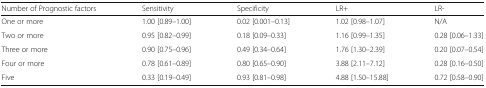
<table><thead><tr><td><b>Number of Prognostic factors</b></td><td><b>Sensitivity</b></td><td><b>Specificity</b></td><td><b>LR+</b></td><td><b>LR-</b></td></tr></thead><tbody><tr><td>One or more</td><td>1.00 [0.89–1.00]</td><td>0.02 [0.001–0.13]</td><td>1.02 [0.98–1.07]</td><td>N/A</td></tr><tr><td>Two or more</td><td>0.95 [0.82–0.99]</td><td>0.18 [0.09–0.33]</td><td>1.16 [0.99–1.35]</td><td>0.28 [0.06–1.33]</td></tr><tr><td>Three or more</td><td>0.90 [0.75–0.96]</td><td>0.49 [0.34–0.64]</td><td>1.76 [1.30–2.39]</td><td>0.20 [0.07–0.54]</td></tr><tr><td>Four or more</td><td>0.78 [0.61–0.89]</td><td>0.80 [0.65–0.90]</td><td>3.88 [2.11–7.12]</td><td>0.28 [0.16–0.50]</td></tr><tr><td>Five</td><td>0.33 [0.19–0.49]</td><td>0.93 [0.81–0.98]</td><td>4.88 [1.50–15.88]</td><td>0.72 [0.58–0.90]</td></tr></tbody></table>